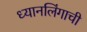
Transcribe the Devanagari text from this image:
ध्यानलिंगाची